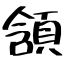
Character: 頷